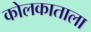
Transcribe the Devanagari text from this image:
कोलकाताला